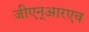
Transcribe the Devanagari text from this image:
जीएन्‌आरएच